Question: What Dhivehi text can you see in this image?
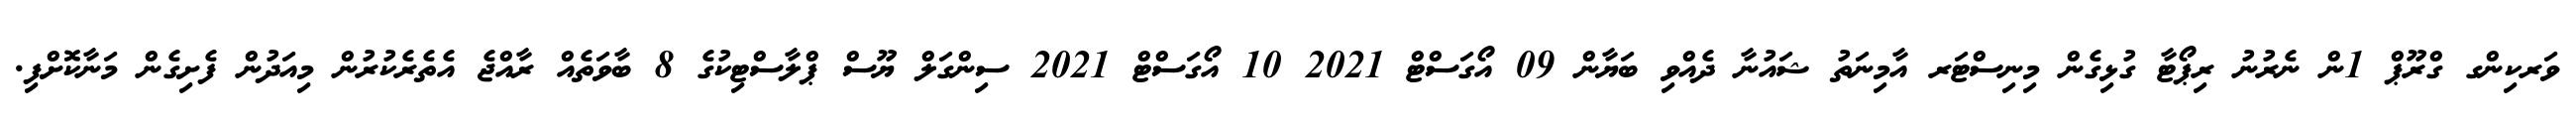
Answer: ވަރކިންގ ގްރޫޕް 1ން ނެރުނު ރިޕޯޓާ ގުޅިގެން މިނިސްޓަރ އާމިނަތު ޝައުނާ ދެއްވި ބަޔާން 09 އޯގަސްޓް 2021 10 އޯގަސްޓް 2021 ސިންގަލް ޔޫސް ޕްލާސްޓިކުގެ 8 ބާވަތެއް ރާއްޖެ އެތެރެކުރުން މިއަދުން ފެށިގެން މަނާކޮށްފި.